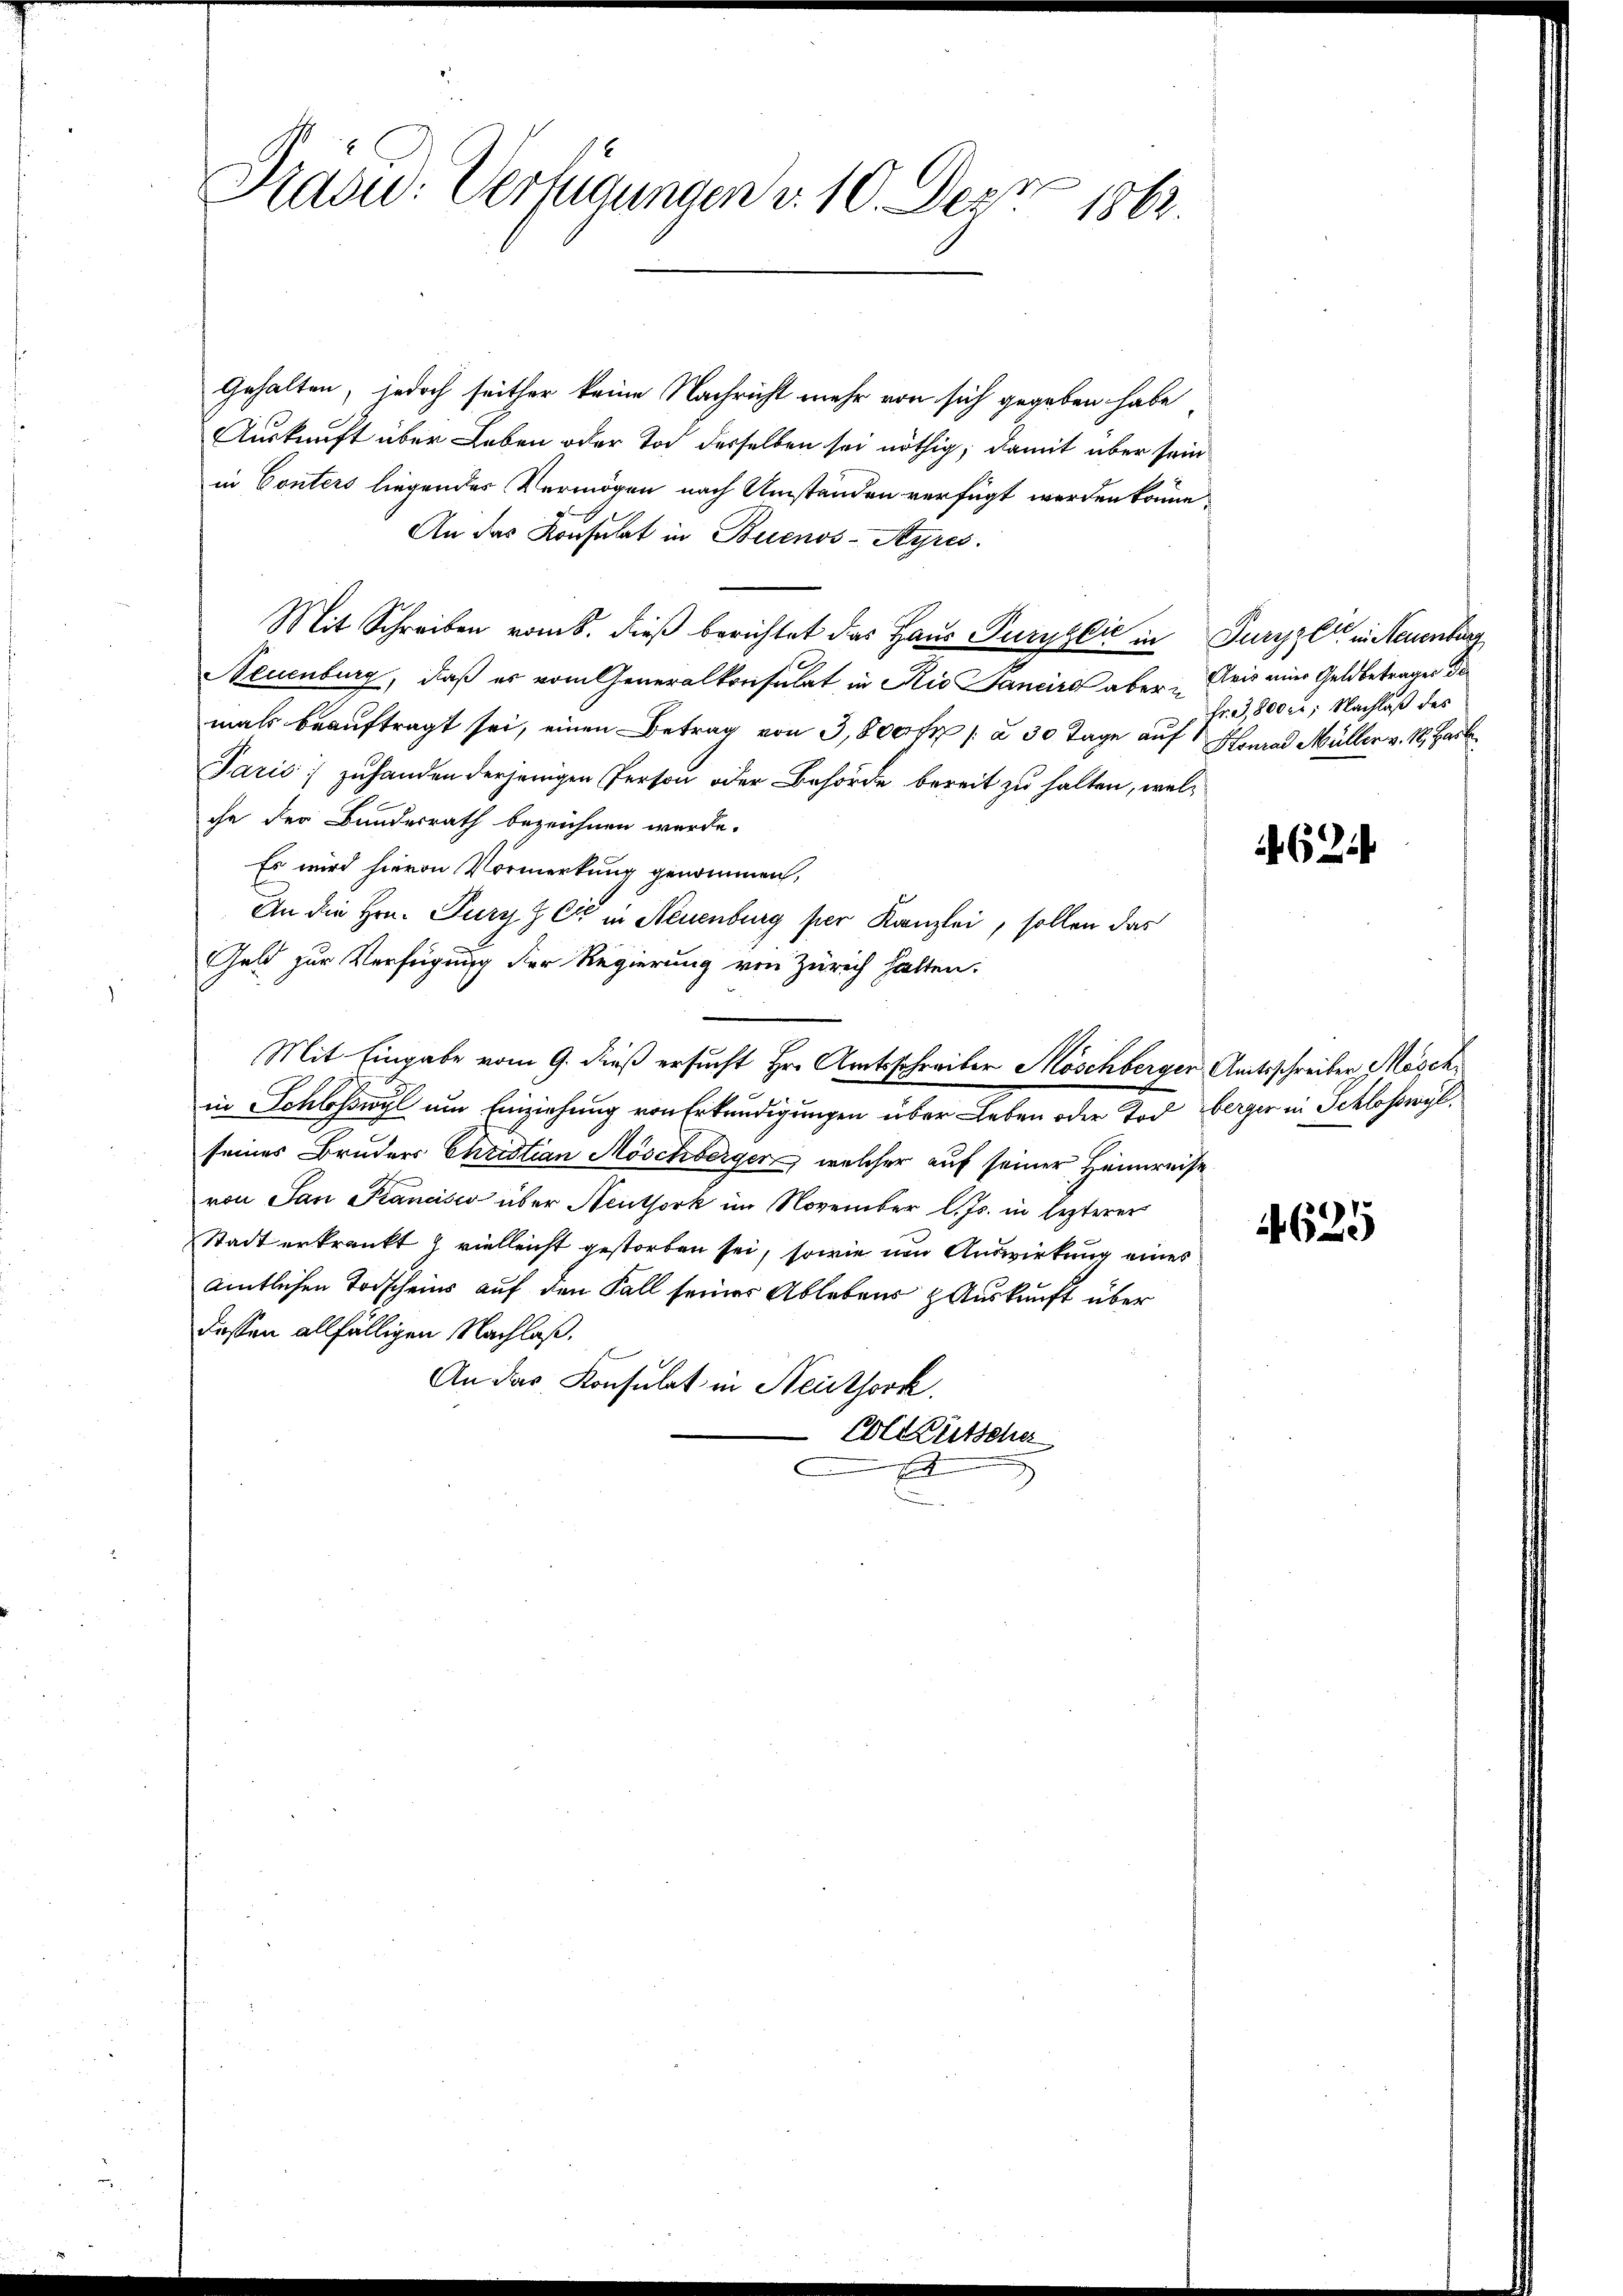
Rad: Verfügungen v. 10. Dez. 1862.

Gehalten, jedoch seither keine Nachricht mehr von sich gegeben habe,
Auskunft über Leben oder Tod desselben sei nöthig, damit über sein
in Conters liegendes Vermögen nach Umständen verfügt werden könne,
An das Konsulat in Buenos-Ayres.
Mit Schreiben vom 8. dieß berichtet das Haus Turyglić in Turyzli in Neuenburg
Neuenburg, daß er vom Generalkonsulat in Rio Sancird aber eis einer Geldbetrages de
mals beauftragt sei, einen Betrag von 3,800 fr à 30 Tage auf Honrad Müller v. 18., Hart
Paris zuhanden derjenigen Person oder Behörde bereit zu halten, welche der Bundesrath bezeichnen werde.
Es wird hievon Vormerkung genommen,
An die Hrn. Pury z Er in Neuenburg per Kanzlei, sollen das
Geld zur Verfügung der Regierung von Zürich hatten.
Mit Eingabe vom 9. dieß ersucht Hr. Amtsschreiber Möschberger Amtsschreiber Maschin Schloßwyl um Einziehung von Erkundigungen über Leben oder Tod berger in Schloßwyl,
seines Bruders Christian Möschberger, welcher auf seiner Heimreise
von San Francisco über Neuthork im November l. Js. in lezterer
Stadt erkrankt & vielleicht gestorben sei, sowie um Auswirkung eines
amtlichen Todscheins auf den Fall seiner Ablebens Auskunft über
dessen allfälligen Nachlaß.
An das Konsulat in Neuthork
Col. Gütscher
E

Fr. 800 fn, Nachlaß des

62

629